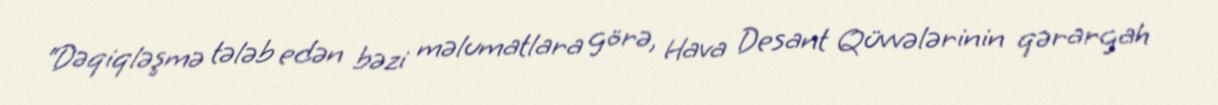
“Dəqiqləşmə tələb edən bəzi məlumatlara görə, Hava Desant Qüvvələrinin qərargah